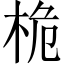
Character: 桅